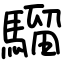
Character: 騮